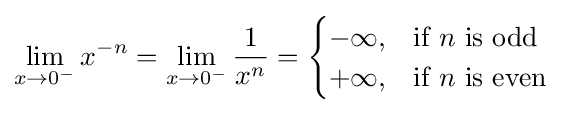
\lim _{x\to 0^{-}}x^{-n}=\lim _{x\to 0^{-}}{\frac {1}{x^{n}}}={\begin{cases}-\infty ,&{\text{if }}n{\text{ is odd}}\\+\infty ,&{\text{if }}n{\text{ is even}}\end{cases}}